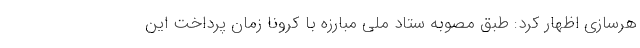
هرسازی اظهار کرد: طبق مصوبه ستاد ملی مبارزه با کرونا زمان پرداخت این